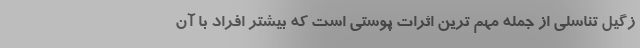
زگیل تناسلی از جمله مهم ترین اثرات پوستی است که بیشتر افراد با آن